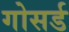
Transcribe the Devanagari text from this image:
गोसर्ड